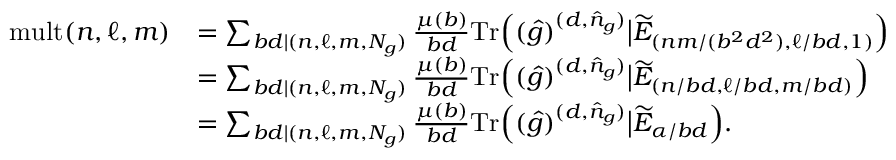
\begin{array} { r l } { \mathrm { m u l t } ( n , \ell , m ) } & { = \sum _ { b d | ( n , \ell , m , N _ { g } ) } \frac { \mu ( b ) } { b d } \mathrm { T r } \Big ( ( \hat { g } ) ^ { ( d , \hat { n } _ { g } ) } \big | \widetilde { E } _ { ( n m / ( b ^ { 2 } d ^ { 2 } ) , \ell / b d , 1 ) } \Big ) } \\ & { = \sum _ { b d | ( n , \ell , m , N _ { g } ) } \frac { \mu ( b ) } { b d } \mathrm { T r } \Big ( ( \hat { g } ) ^ { ( d , \hat { n } _ { g } ) } \big | \widetilde { E } _ { ( n / b d , \ell / b d , m / b d ) } \Big ) } \\ & { = \sum _ { b d | ( n , \ell , m , N _ { g } ) } \frac { \mu ( b ) } { b d } \mathrm { T r } \Big ( ( \hat { g } ) ^ { ( d , \hat { n } _ { g } ) } \big | \widetilde { E } _ { \alpha / b d } \Big ) . } \end{array}